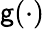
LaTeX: \mathsf{g}(\cdot)